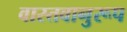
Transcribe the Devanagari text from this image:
वास्तवानुरूप